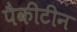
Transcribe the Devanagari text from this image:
पैकीटीन